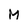
Character: M